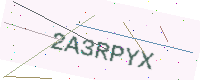
Text: 2A3RPYX